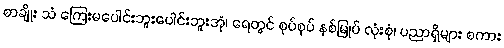
စာချိုး သံ ကြေးမပေါင်းဘူးပေါင်းဘူးအုံ၊ ရေတွင် စုပ်စုပ် နစ်မြုပ် လုံးစုံ၊ ပညာရှိများ စကား